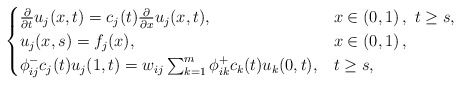
\begin{align*}\begin{cases}\frac{\partial}{\partial t}u_j(x,t)=c_j(t)\frac{\partial}{\partial x}u_j(x,t),&x\in\left(0,1\right),\ t\geq s,\\u_j(x,s)= f_j(x),&x\in\left(0,1\right),\\ \phi^-_{ij}c_j(t)u_j(1,t)= w_{ij}\sum_{k=1}^m{\phi^+_{ik}c_k(t)u_k(0,t)},&t\geq s,\end{cases}\end{align*}